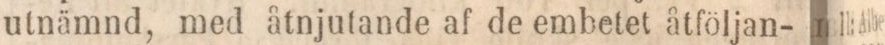
utnämnd, med åtnjutande af de embetet åtföljan-